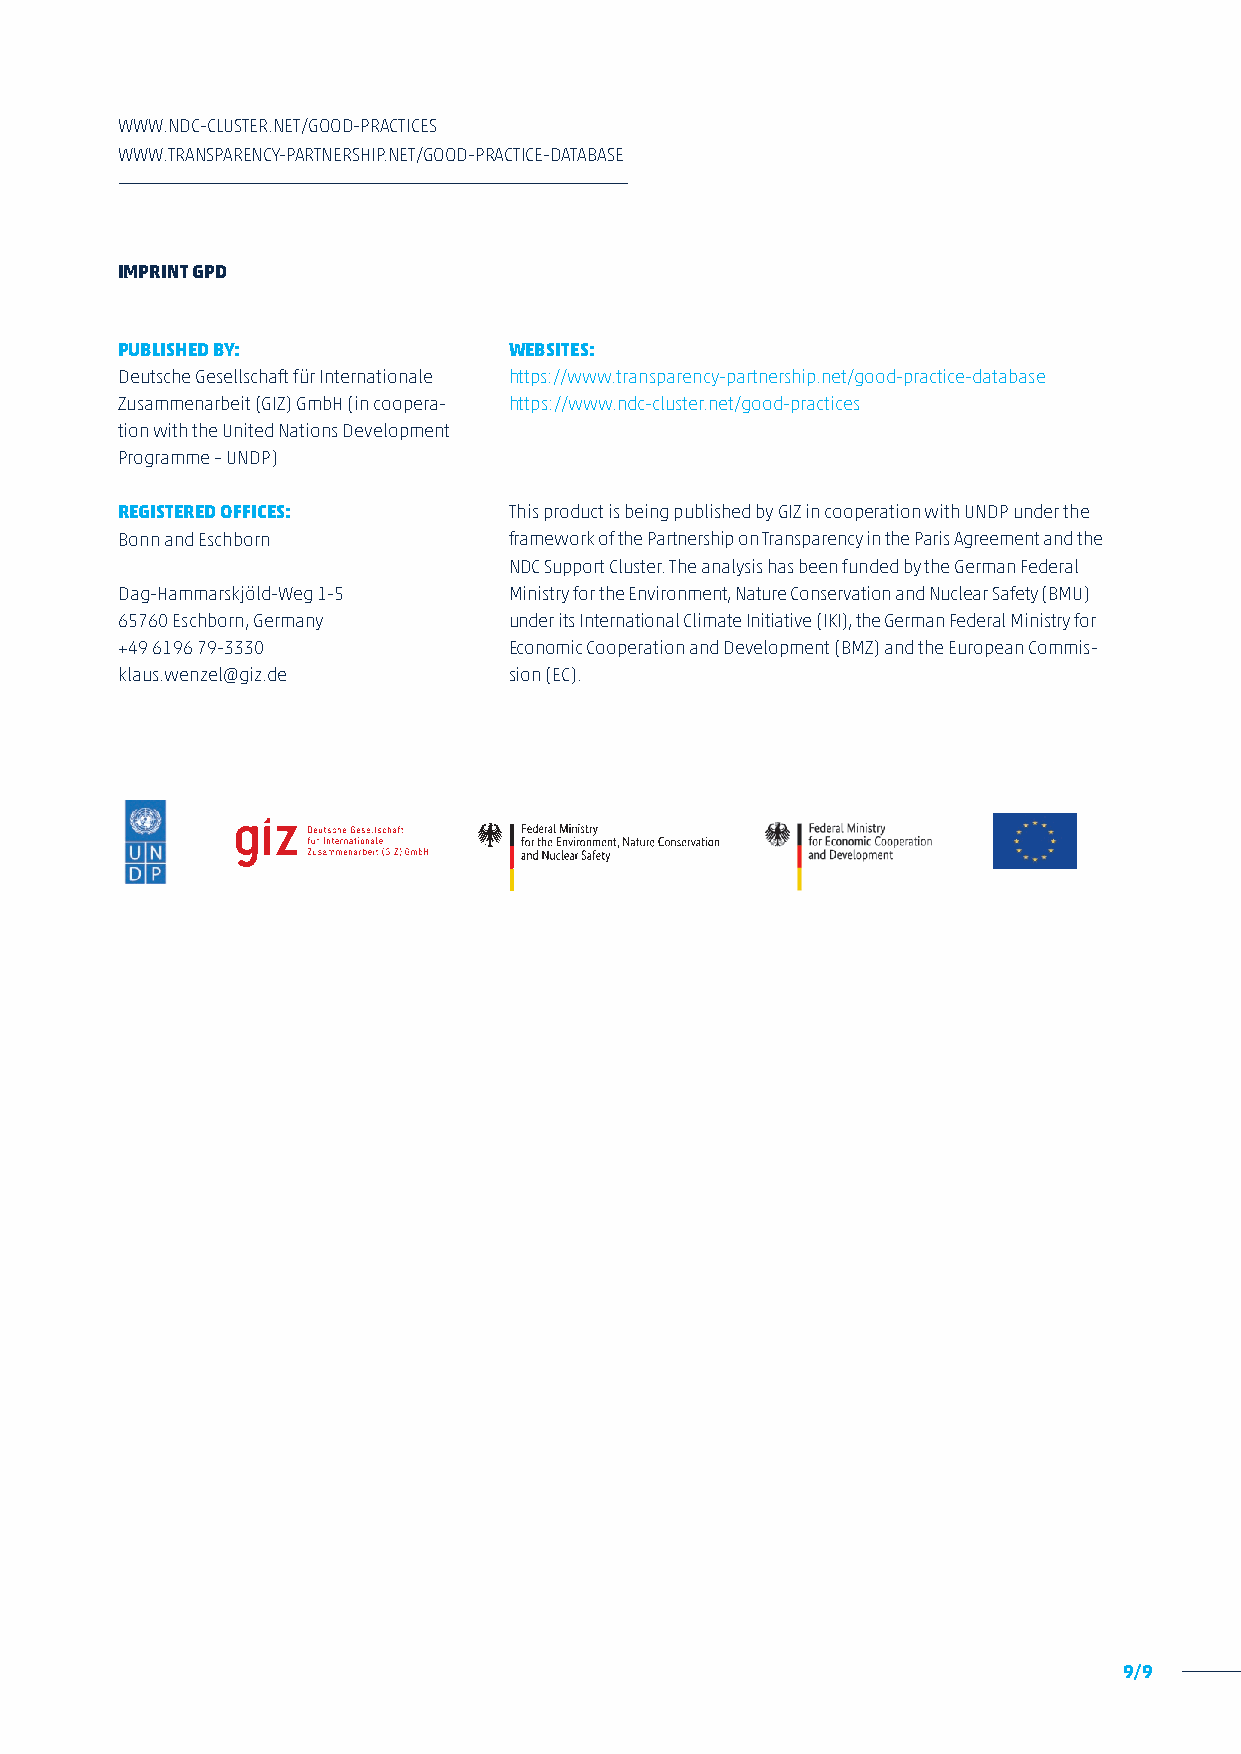
WWW.NDC-CLUSTER.NET/GOOD-PRACTICES
 WWW.TRANSPARENCY-PARTNERSHIP.NET/GOOD-PRACTICE-DATABASE
 IMPRINT GPD
 PUBLISHED BY:             WEBSITES:
 Deutsche Gesellschaft für Internationale https://www.transparency-partnership.net/good-practice-database
 Zusammenarbeit (GIZ) GmbH (in coopera- https://www.ndc-cluster.net/good-practices
 tion with the United Nations Development
 Programme – UNDP)
 REGISTERED OFFICES:       This product is being published by GIZ in cooperation with UNDP under the
 Bonn and Eschborn         framework of the Partnership on Transparency in the Paris Agreement and the
 NDC Support Cluster. The analysis has been funded by the German Federal
 Dag-Hammarskjöld-Weg 1-5  Ministry for the Environment, Nature Conservation and Nuclear Safety (BMU)
 65760 Eschborn, Germany   under its International Climate Initiative (IKI), the German Federal Ministry for
 +49 6196 79-3330          Economic Cooperation and Development (BMZ) and the European Commis-
 klaus.wenzel@giz.de       sion (EC).
 9/9